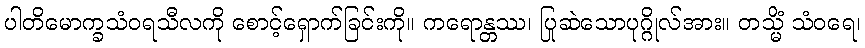
ပါတိမောက္ခသံဝရသီလကို စောင့်ရှောက်ခြင်းကို။ ကရောန္တဿ၊ ပြုဆဲသောပုဂ္ဂိုလ်အား။ တသ္မိံ သံဝရေ၊